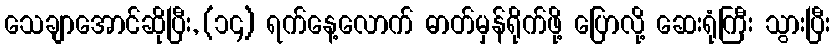
သေချာအောင်ဆိုပြီး, (၁၄) ရက်နေ့လောက် ဓာတ်မှန်ရိုက်ဖို့ ပြောလို့ ဆေးရုံကြီး သွားပြီး